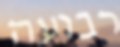
רבועה